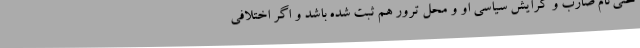
حتی نام ضارب و گرایش سیاسی او و محل ترور هم ثبت شده باشد و اگر اختلافی